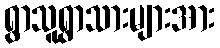
ရွာသူရွာသားများအား